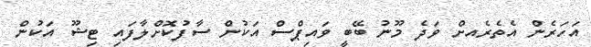
އަހަރެން އެތެރެއށް ވަދެ މޫނު ބޭބީ ވައިޕްސް އަކުން ސާފުކޮށްލާފައި ޓިޝޫ އަކުން